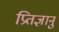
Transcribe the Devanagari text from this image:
प्रितज्ञानुं